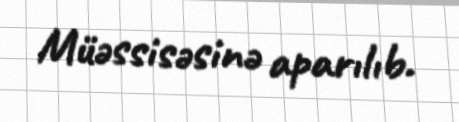
Müəssisəsinə aparılıb.